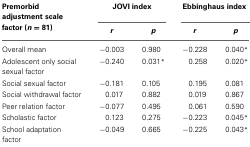
| Premorbid adjustment scale factor (n = 81) | <COLSPAN=2> JOVI index | <COLSPAN=2> Ebbinghaus index |
 |  | r | p | r | p |
 | --- | --- | --- | --- | --- |
 | Overall mean | −0.003 | 0.980 | −0.228 | 0.040* |
 | Adolescent only social sexual factor | −0.240 | 0.031* | 0.258 | 0.020* |
 | Social sexual factor | −0.181 | 0.105 | 0.195 | 0.081 |
 | Social withdrawal factor | 0.017 | 0.882 | 0.019 | 0.867 |
 | Peer relation factor | −0.077 | 0.495 | 0.061 | 0.590 |
 | Scholastic factor | 0.123 | 0.275 | −0.223 | 0.045* |
 | School adaptation factor | −0.049 | 0.665 | −0.225 | 0.043* |